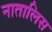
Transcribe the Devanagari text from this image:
नातालिस